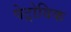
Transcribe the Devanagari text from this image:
पेट्रोविक